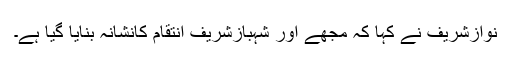
نوازشریف نے کہا کہ مجھے اور شہبازشریف انتقام کانشانہ بنایا گیا ہے۔